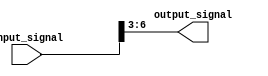
module part_select_assign(
    input [7:0] input_signal,
    output reg [3:0] output_signal
);

always @(*) begin
    output_signal = input_signal[6:3];
end

endmodule